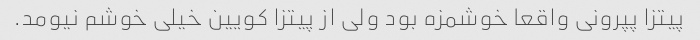
پیتزا پپرونی واقعا خوشمزه بود ولی از پیتزا کویین خیلی خوشم نیومد.